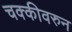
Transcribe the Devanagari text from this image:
चक्कीवरुन